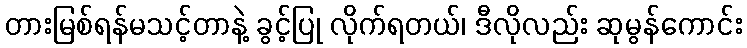
တားမြစ်ရန်မသင့်တာနဲ့ ခွင့်ပြု လိုက်ရတယ်၊ ဒီလိုလည်း ဆုမွန်ကောင်း